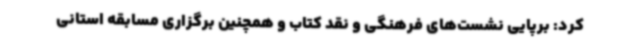
کرد: برپایی نشست‌های فرهنگی و نقد کتاب و همچنین برگزاری مسابقه استانی